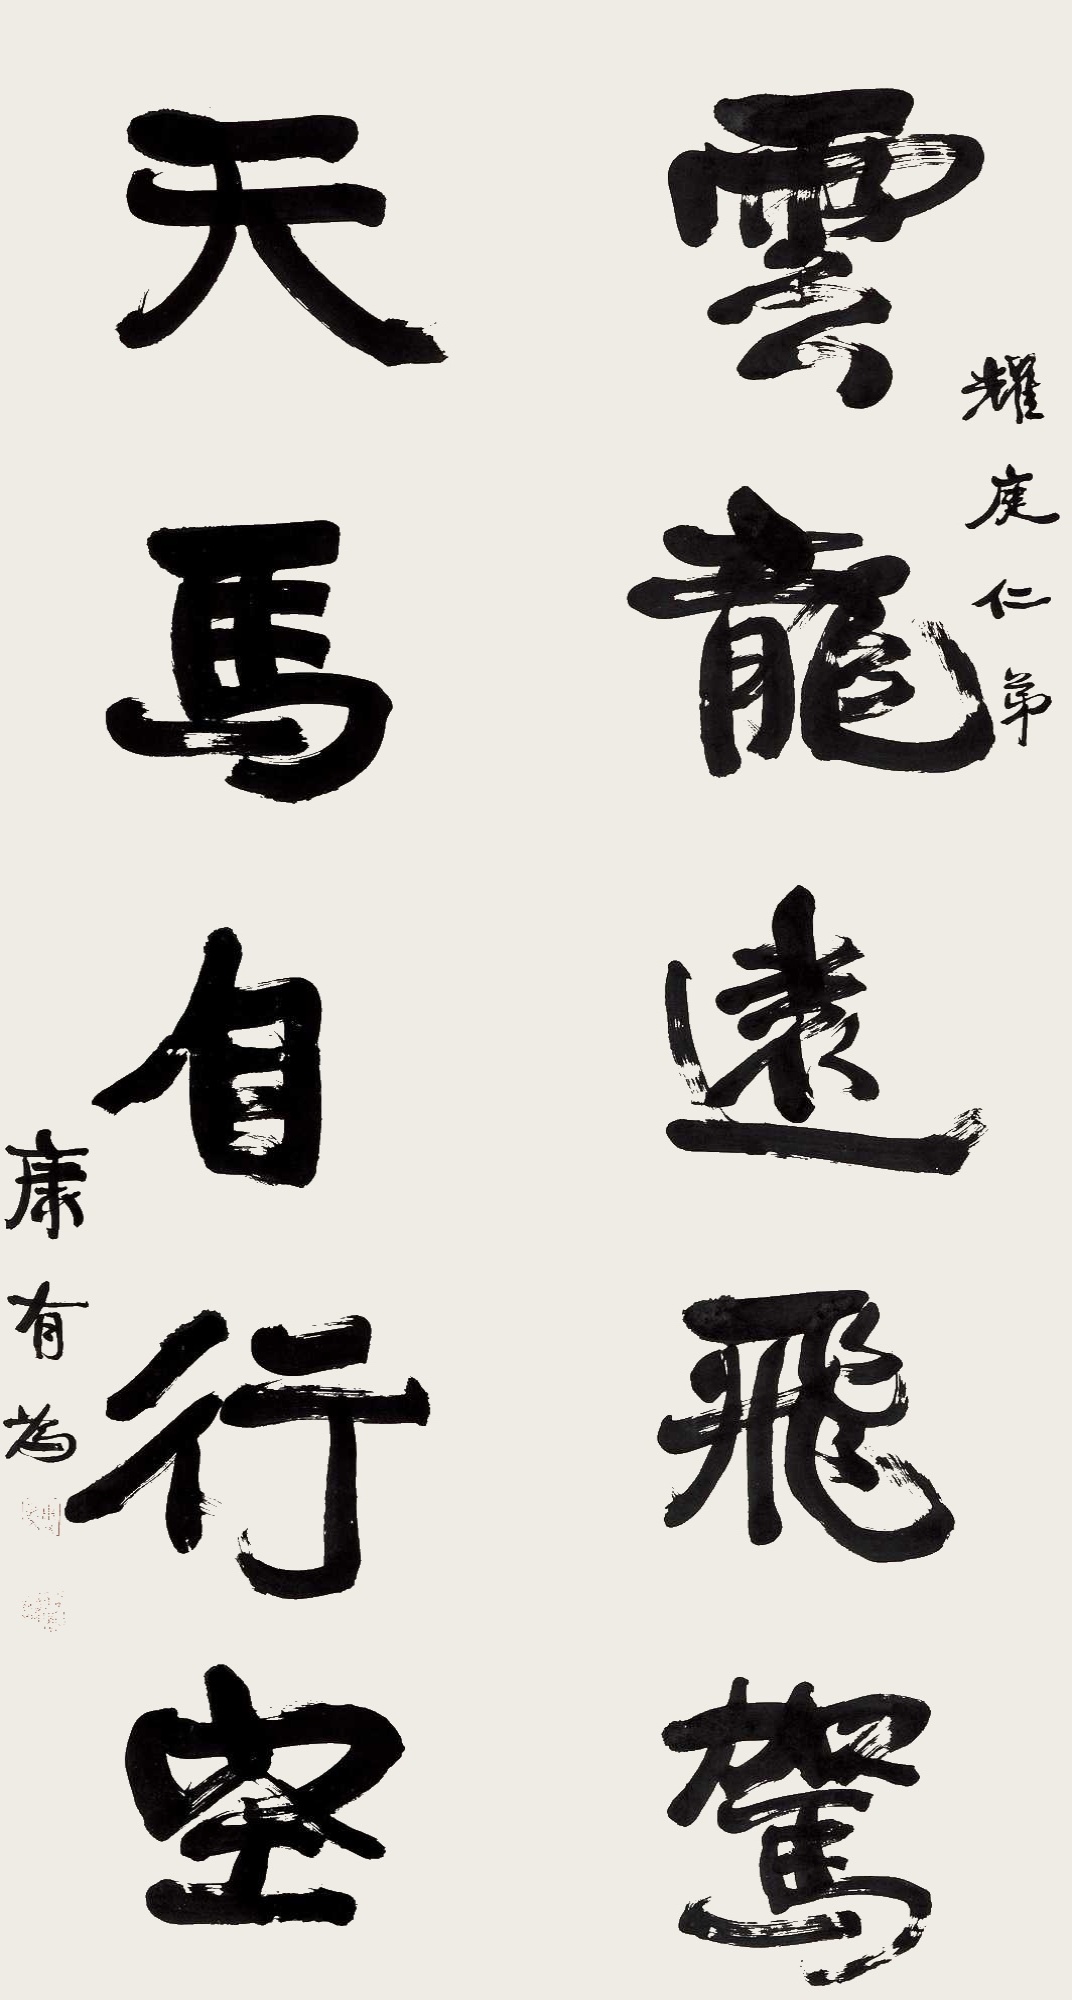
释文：云龙远飞驾，天马自行空。耀庭仁弟，康有为。